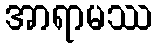
အာရာမဿ